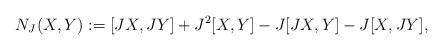
LaTeX: \begin{align*}N_{J}(X, Y):=[JX, JY]+J^{2}[X, Y]-J[JX, Y]-J[X, JY],\end{align*}